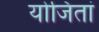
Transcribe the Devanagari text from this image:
योजितां